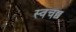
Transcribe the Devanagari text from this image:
स्वचछ